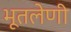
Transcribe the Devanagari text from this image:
भूतलेणी